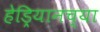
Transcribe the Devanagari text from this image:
हेड्रियानच्या